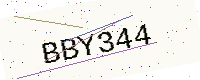
Text: BBY344